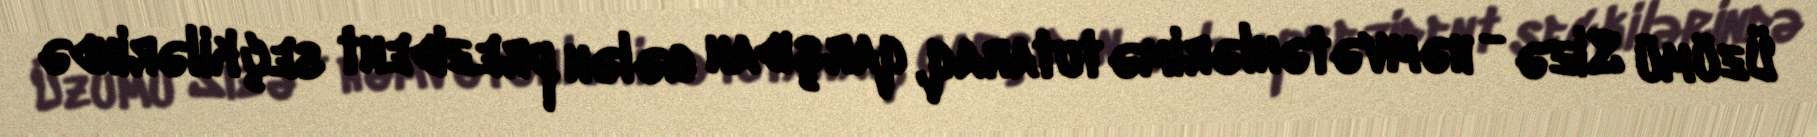
Üzümü Sizə - həmvətənlərimə tutaraq, qarşıdan gələn prezident seçkilərində